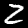
Label: 2